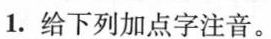
1.给下列加点字注音。